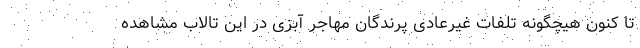
تا کنون هیچگونه تلفات غیرعادی پرندگان مهاجر آبزی در این تالاب مشاهده